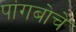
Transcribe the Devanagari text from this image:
पांगबोचे